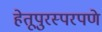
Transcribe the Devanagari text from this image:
हेतूपुरस्परपणे